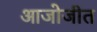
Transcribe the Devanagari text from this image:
आजोजीत